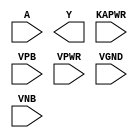
module sky130_fd_sc_lp__invkapwr (
    //# {{data|Data Signals}}
    input  A    ,
    output Y    ,

    //# {{power|Power}}
    input  KAPWR,
    input  VPB  ,
    input  VPWR ,
    input  VGND ,
    input  VNB
);
endmodule